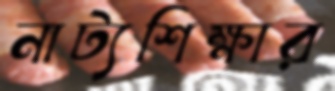
নাট্যশিক্ষার